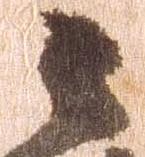
々